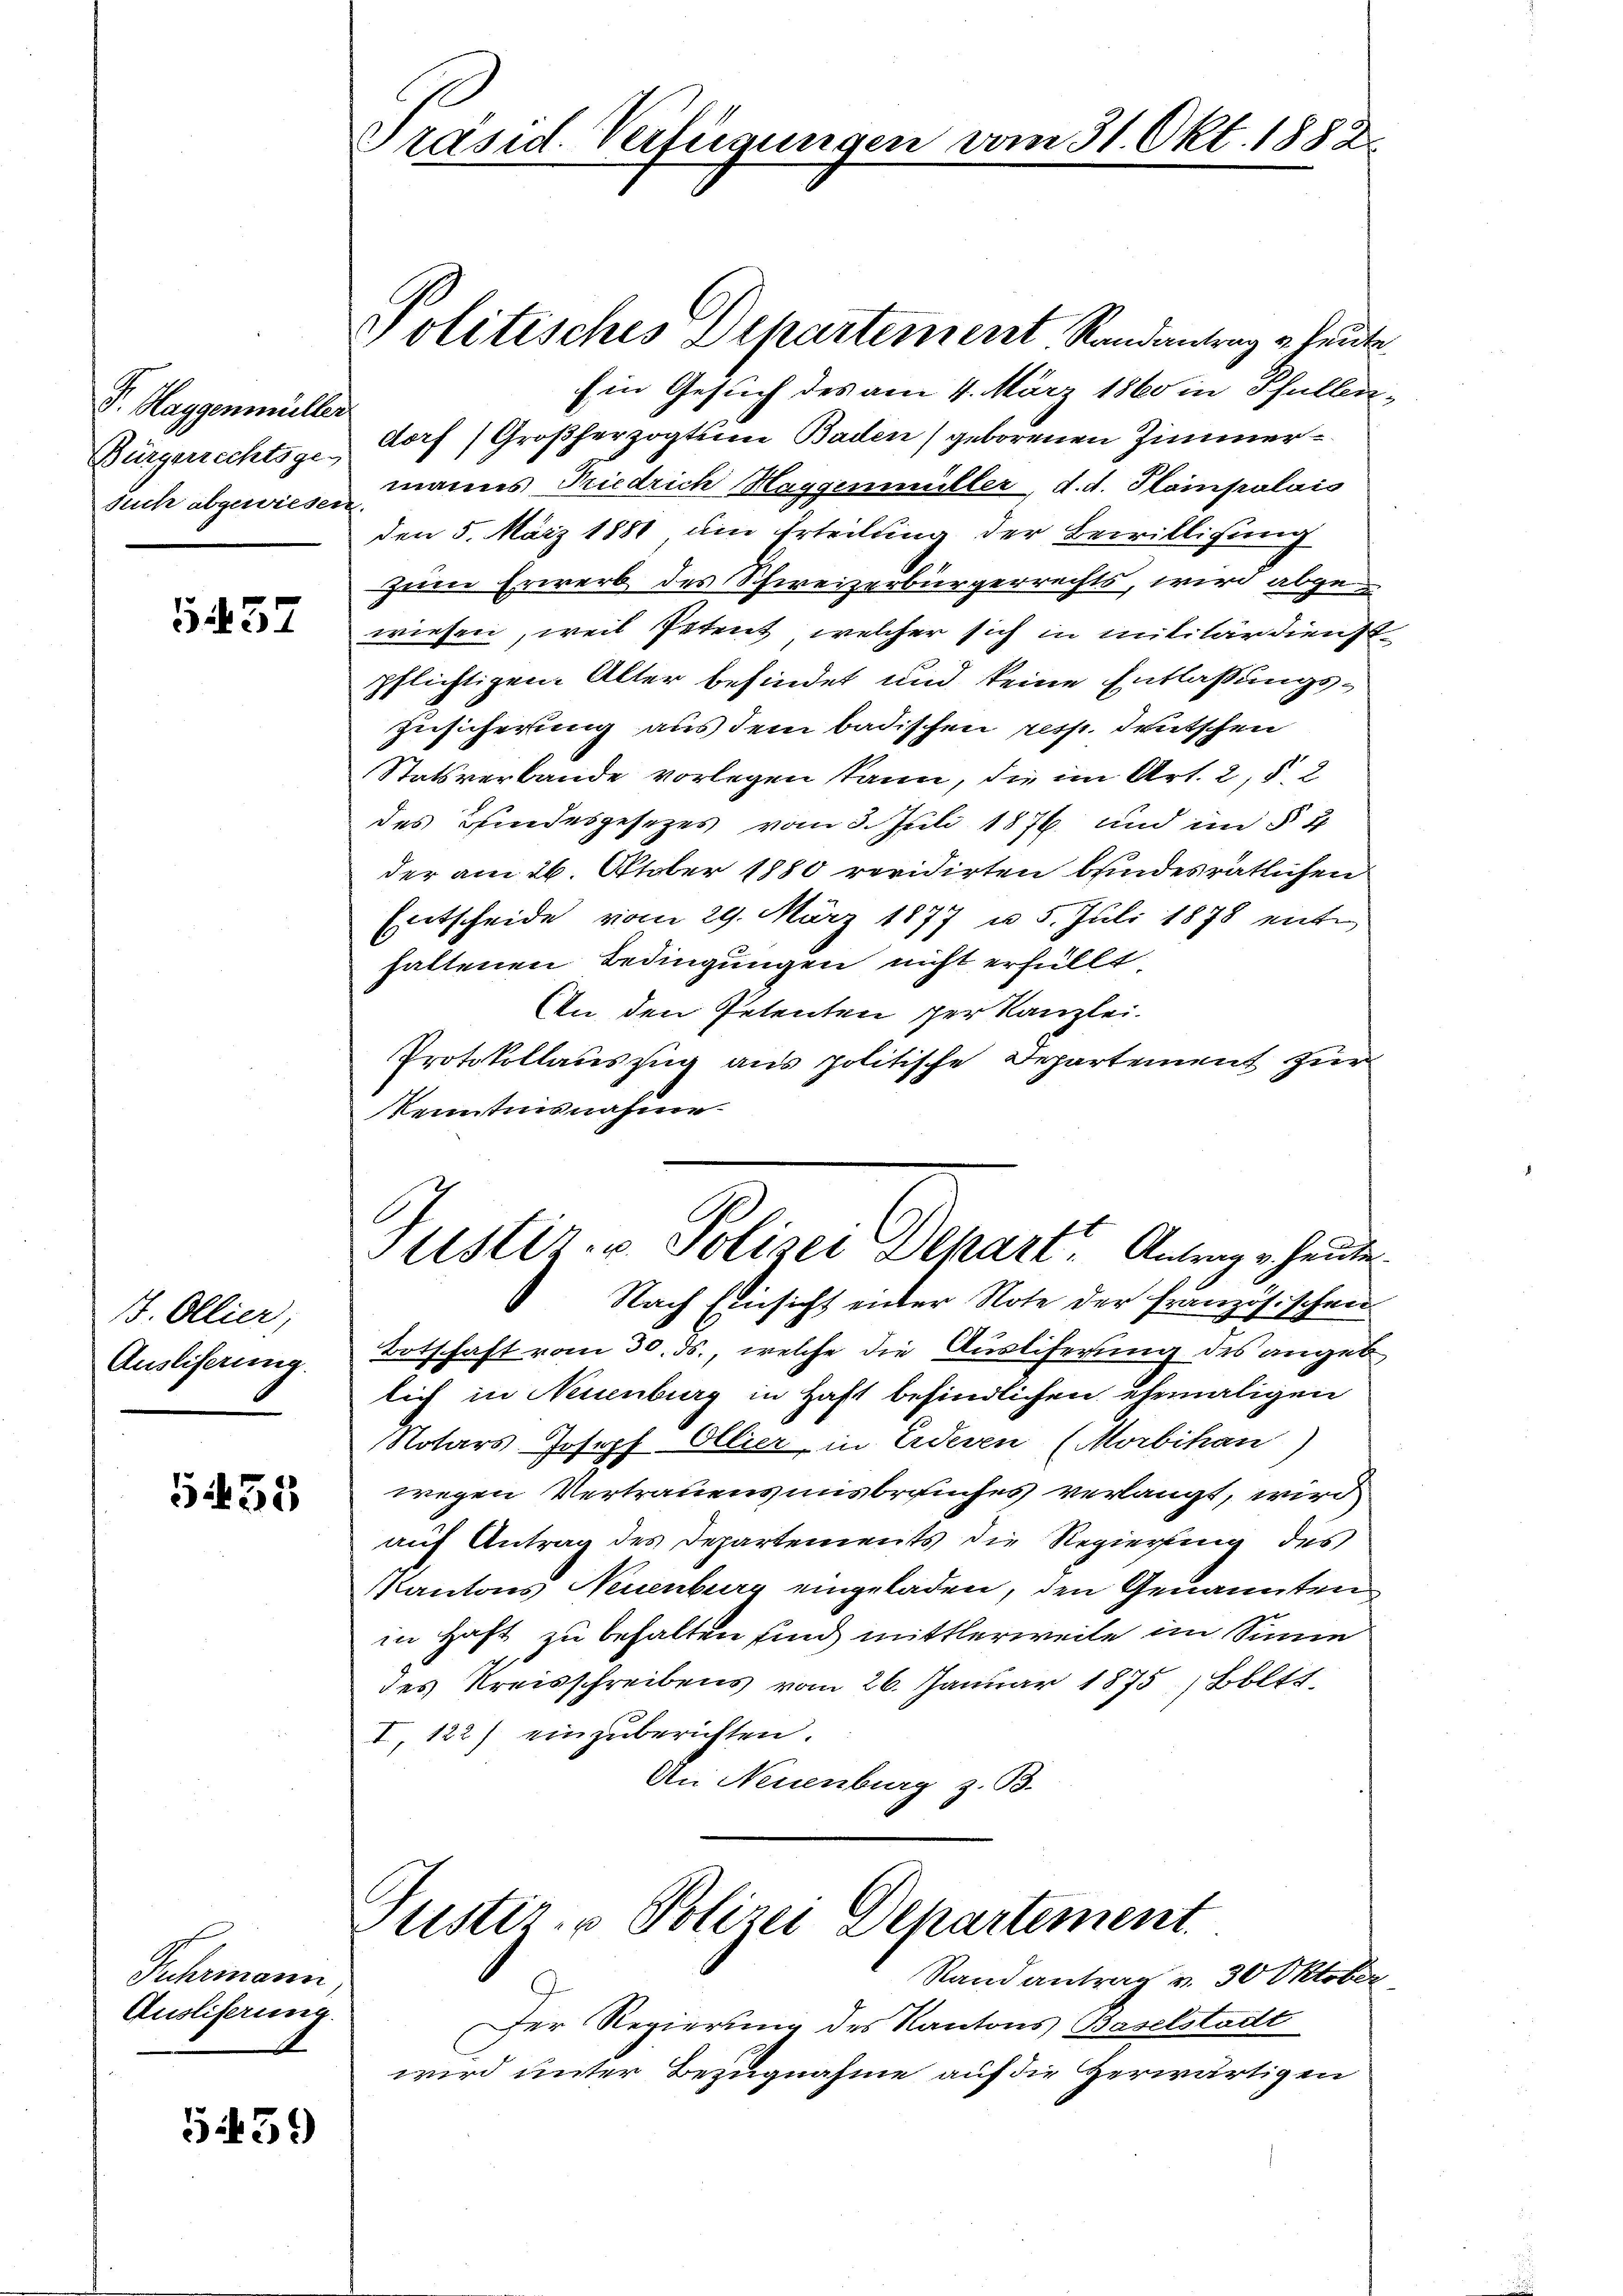
P. Haggenmüller
Bürgerrechtsge-
such abgewiesen.

5437

B. Ollier,
Ausliferung.

531

Fuhrmann
Auslieferung.

559)

Präsid. Verfügungen vom 31. Okt. 1882

Ein Gesuch des am 4. März 1860 in Pfullendorf (Großherzogtunn Baden) geborenen Zimmermanns Riedrich Haggenmüller, d. d. Plampalais
den 5. März 1881 am Erteilung der Bewilligung
zum Erwerb des Schweizerbürgerrechts, wird abgewiesen, weil Petent, welcher sich in militärdienst
pflichtigen Alter befindet und keine Entlassungs¬
Zusicherung aus dem badischen resp. deutschen
Statsverbande vorlegen kann, die im Art. 2, § 2
des findesgesezes vom 3. Juli 1876. und im § 4
der am 26. October 1880 revidirten bindesrätlichen
Entscheide vom 29. März 1877 u. 5. Juli 1878 enthaltenen Bedingungen nicht erfüllt
An den Petenten per Kanzlei.
Protokollauszug aus politische Departement zur
Kenntnisnahme

politisches Departement Randantrag u. heute.

Ustiz- u. Polizei Depart. Antrag v. heute

Nach Einsicht unter Note der Französischen
Botschaft vom 30. ds., welche die Auslieferung des angeb
lich in Neuenburg in Haft befindlichen ehemaligen
Notars. Joseph Ollier, in Erderen (Morbihan)
wegen Vertrauens uns brauches verlangt, wird
auf Antrag des Departements die Regierung des
Kantons Neuenburg eingeladen, den Genannten
in Haft zu behalten sind mittlerweile im Sinne
des Kreisschreibens vom 26. Januar 1875, Bolts
I, 122) einzuberichten.
An Neuenburg z. B.

Justiz- & Polizei Departement.

Stand antrag v. 30 Oktober
Der Regierung des Kantons Baselstadt
wird unter Bezugnahme auf die Herwärtigen